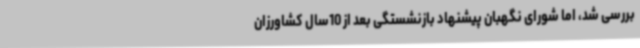
بررسی شد، اما شورای نگهبان پیشنهاد بازنشستگی بعد از 10سال کشاورزان